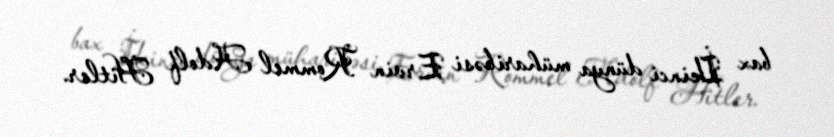
bax İkinci dünya müharibəsi Ervin Rommel Adolf Hitler.